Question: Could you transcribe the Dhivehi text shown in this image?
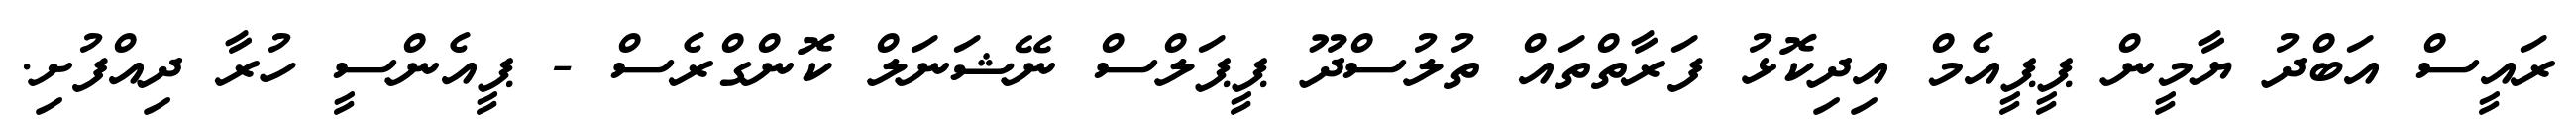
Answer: ރައީސް އަބްދު ޔާމީން ޕީޕީއެމް އިދިކޮޅު ފަރާތްތައް ތުލުސްދޫ ޕީޕަލްސް ނޭޝަނަލް ކޮންގްރެސް - ޕީއެންސީ ހުރާ ދިއްފުށި.